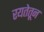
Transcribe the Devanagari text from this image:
रयतेतून